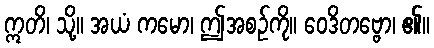
ဣတိ၊ သို့။ အယံ ကမော၊ ဤအစဉ်ကို။ ဝေဒိတဗ္ဗော၊ ၏။